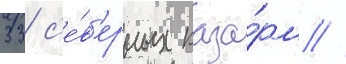
33 с'е́в'ерных каза́рм //